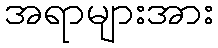
အရာများအား